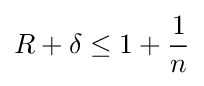
R+\delta \leq 1+{\frac {1}{n}}